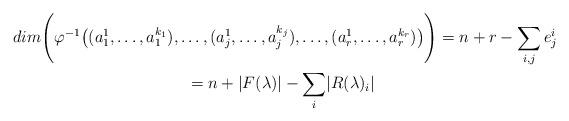
LaTeX: \begin{gather*}dim\Bigg(\varphi^{-1}\big((a^1_{1}, \ldots, a^{k_1}_1), \ldots, (a^1_j,\ldots, a^{k_j}_j), \ldots, (a^1_r, \ldots, a^{k_r}_r)\big)\Bigg) = n+r-\sum\limits_{i,j} e^i_j \\=n+ \lvert F(\lambda)\rvert - \sum_{i}\lvert R(\lambda)_i\rvert \end{gather*}